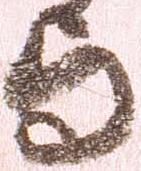
与